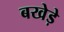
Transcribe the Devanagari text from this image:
बखेड़े